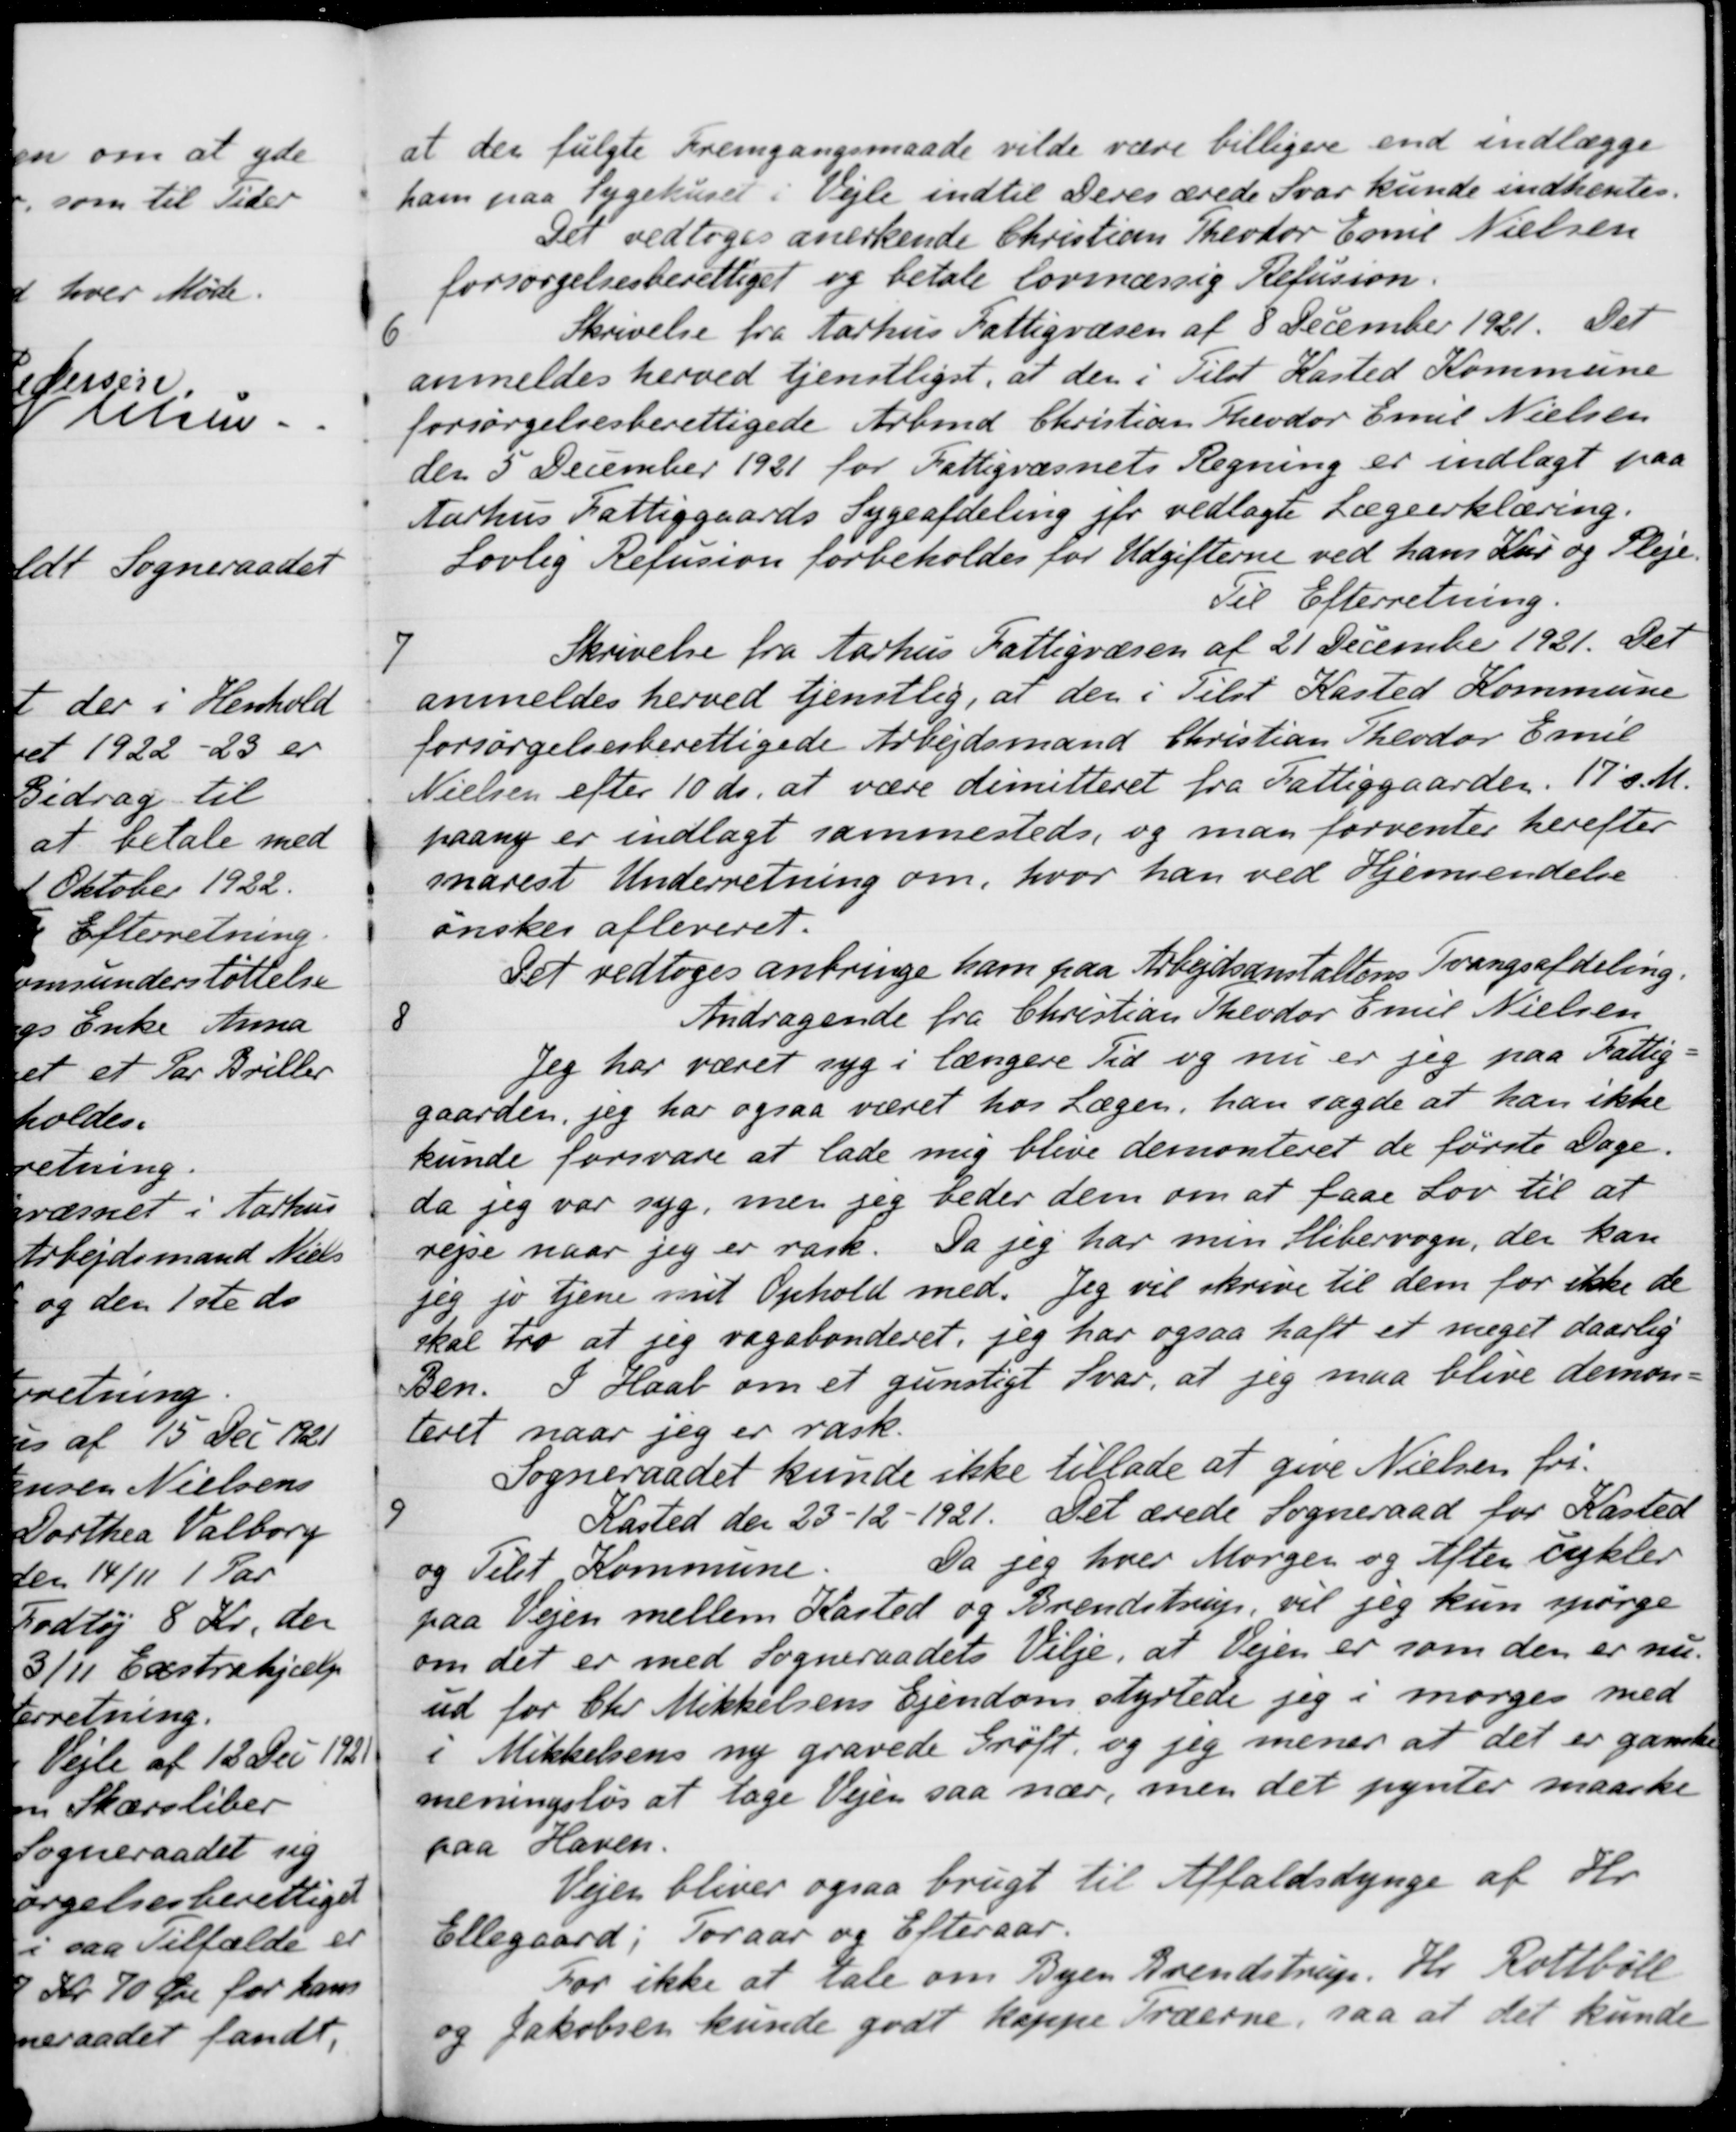
Transskription:
at den fulgte Fremgangsmaade vilde være billigere end indlægge
ham paa Sygehuset i Vejle indtil Deres ærede Svar kunde indhentes.
Det vedtoges anerkende Christian Theodor Emil Nielsen
forsørgelsesberettiget og betale lovmæssig Refusion.
6
Skrivelse fra Aarhus Fattigvæsen af 8 December 1921. Det
anmeldes herved tjenstligst, at den i Tilst Kasted Kommune
forsørgelsesberettigede Arbmd. Christian Theodor Emil Nielsen
den 5 December 1921 for Fattigvæsnets Regning er indlagt paa
Aarhus Fattiggaards Sygeafdeling jfr vedlagte Lægeerklæring.
Lovlig Refusion forbeholdes for Udgifterne ved hans Kur og Pleje.
Til Efterretning.
7
Skrivelse fra Aarhus Fattigvæsen af 21 December 1921. Det
anmeldes herved tjenstlig, at den i Tilst Kasted Kommune
forsørgelsesberettigede Arbejdsmand Christian Theodor Emil
Nielsen efter 10 ds. at være dimitteret fra Fattiggaarden. 17' s.M.
paany er indlagt sammesteds, og man forventer herefter
snarest Underretning om, hvor han ved Hjemsendelse
ønskes afleveret.
Det vedtoges anbringe ham paa Arbejdsanstaltens Tvangsafdeling.
8
Andragende fra Christian Theodor Emil Nielsen
Jeg har været syg i længere Tid og nu er jeg paa Fattig-
gaarden, jeg har ogsaa været hos Lægen, han sagde at han ikke
kunde forsvare at lade mig blive demonteret de første Dage.
da jeg var syg, men jeg beder dem om at faae Lov til at
rejse naar jeg er rask. Da jeg har min slibervogn, der kan
jeg jo tjene mit Ophold med. Jeg vil skrive til dem for ikke de
skal tro at jeg vagabonderet, jeg har ogsaa haft et meget daarlig
Ben. I Haab om et gunstigt Svar, at jeg maa blive demon-
teret naar jeg er rask.
Sogneraadet kunde ikke tillade at give Nielsen fri.
9
Kasted den 23 - 12 - 1921. Det ærede Sogneraad for Kasted
og Telst Kommune
Da jeg hver Morgen og Aften cykler
paa Vejen mellem Kasted og Brendstrup, vil jeg kun spørge
om det er med Sogneraadets Vilje, at Vejen er som den er nu,
ud for Chr Mikkelsens Ejendom styrtede jeg i morges med
i Mikkelsens ny gravede Grøft og jeg mener at det er ganske
meningsløs at tage Vejen saa nær, men det pynter maaske
paa Haven.
Vejen bliver ogsaa brugt til Affaldsdynge af Hr.
Ellegaard, Foraar og Efteraar.
For ikke at tale om Byen Svendstrup. Hr. Rottbøll
og Jakobsen kunde godt kappe Træerne, saa at det kunde